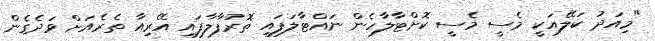
"މިއަދު ކަލޭއަކީ މެސީ މެސީ ކޮށްޓާލާހެން ނައްޓާލަފައި ތޮރުފާލާފައި އޭރިއާ ތެރެއަށް ވަދެގެން